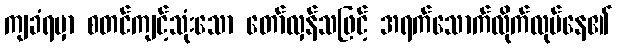
ကျခံရမှာ စတင်ကျင့်သုံးသော တော်လှန်သဖြင့် အရက်သောက်လိုက်လုပ်နေ၏